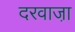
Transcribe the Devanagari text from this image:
दरवाजा़